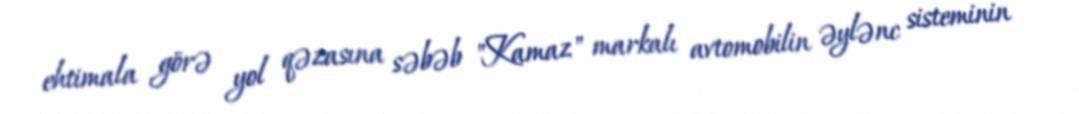
ehtimala görə yol qəzasına səbəb "Kamaz" markalı avtomobilin əylənc sisteminin